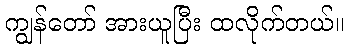
ကျွန်တော် အားယူပြီး ထလိုက်တယ်။